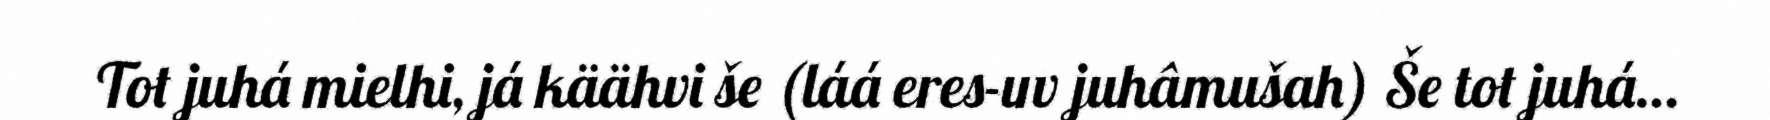
Tot juhá mielhi, já käähvi še (láá eres-uv juhâmušah) Še tot juhá…